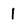
Character: I